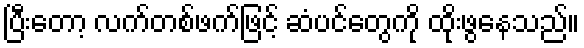
ပြီးတော့ လက်တစ်ဖက်ဖြင့် ဆံပင်တွေကို ထိုးဖွနေသည်။